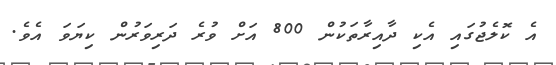
އެ ކޮލެޖުގައި އެކި ދާއިރާތަކުން 800 އަށް ވުރެ ދަރިވަރުން ކިޔަވަ އެވެ.